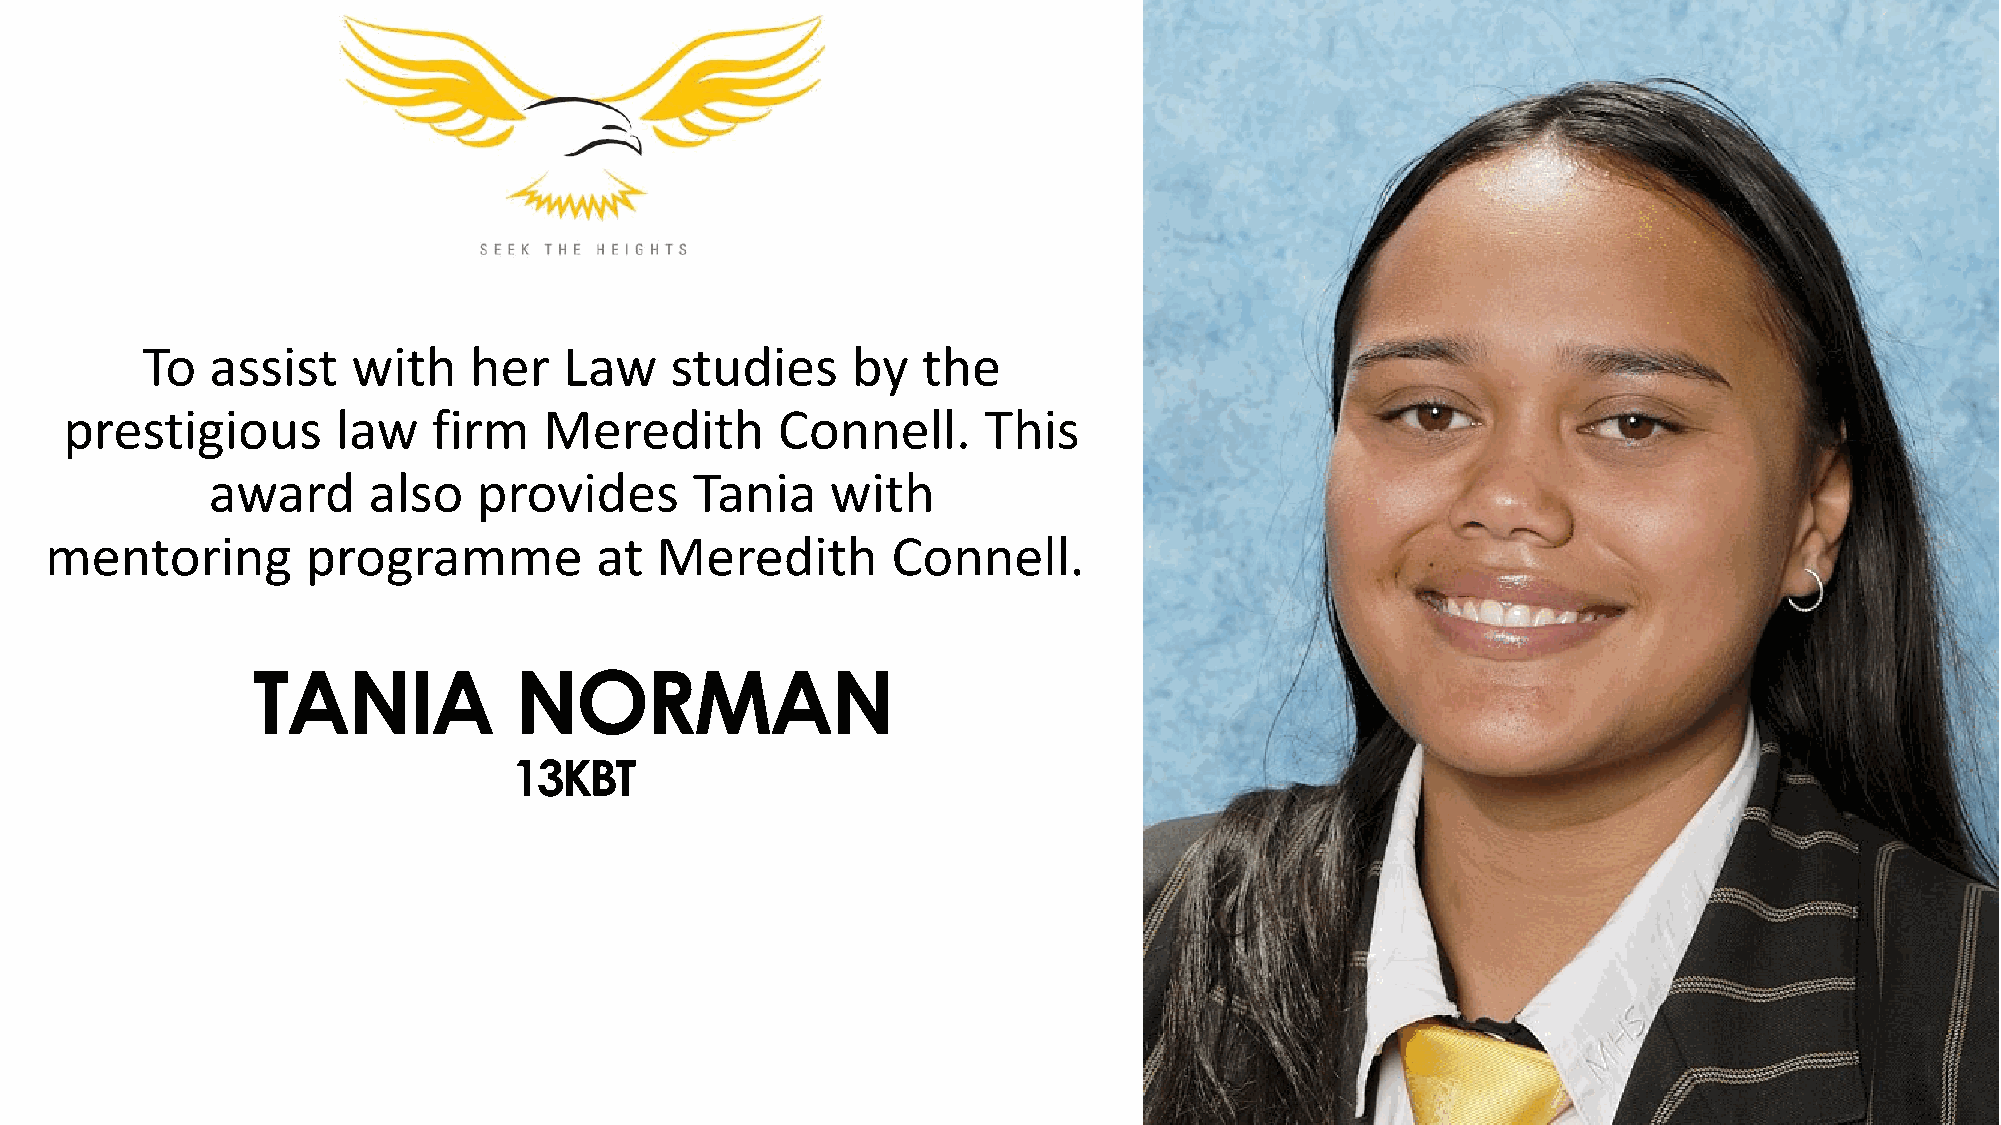
To   assist   with    her   Law    studies     by   the
 prestigious       law    firm   Meredith       Connell.      This
 award     also    provides      Tania    with
 mentoring        programme          at  Meredith        Connell.
 TANIA            NORMAN
 13KBT